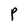
Character: P